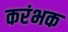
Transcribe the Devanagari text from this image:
करंभक